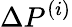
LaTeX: \Delta P^{(i)}